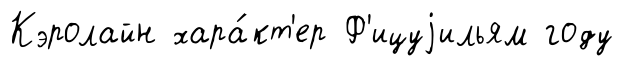
Кэролайн хара́кт'ер Ф'ицуjильям году